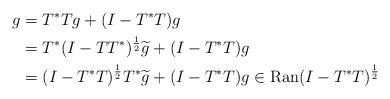
LaTeX: \begin{align*}g & = T^{*} T g + (I - T^{*} T) g \\& = T^{*} (I - T T^{*})^{\frac{1}{2}} \widetilde g + (I - T^{*} T) g \\& = (I - T^{*} T)^{\frac{1}{2}} T^{*} \widetilde g + (I - T^{*} T) g \in \operatorname{Ran} (I - T^{*} T)^{\frac{1}{2}}\end{align*}